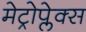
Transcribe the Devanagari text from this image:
मेट्रोप्लेक्स